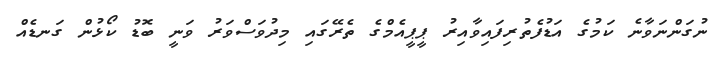
ނުގަންނަވާނެ ކަމުގެ އަޑުފެތުރިފައިވާއިރު ޕީޕީއެމްގެ ތެރޭގައި މިދުވަސްވަރު ވަނީ ބޮޑު ކޯޅުން ގަނޑެއް